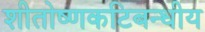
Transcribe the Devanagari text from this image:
शीतोष्णकटिबन्धीय